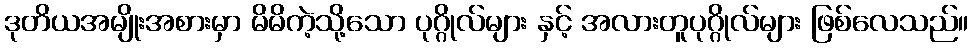
ဒုတိယအမျိုးအစားမှာ မိမိကဲ့သို့သော ပုဂ္ဂိုလ်များ နှင့် အလားတူပုဂ္ဂိုလ်များ ဖြစ်လေသည်။